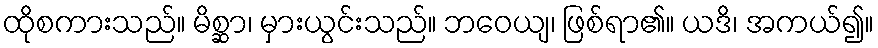
ထိုစကားသည်။ မိစ္ဆာ၊ မှားယွင်းသည်။ ဘဝေယျ၊ ဖြစ်ရာ၏။ ယဒိ၊ အကယ်၍။